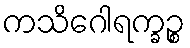
ကသိဂေါရက္ခဉ္စ